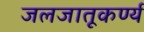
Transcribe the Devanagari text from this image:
जलजातूकर्ण्य